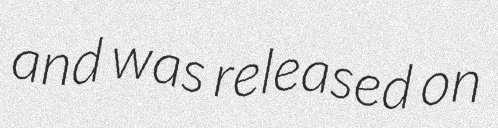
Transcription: and was released on